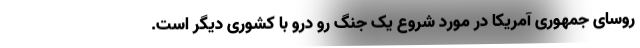
روسای جمهوری آمریکا در مورد شروع یک جنگ رو درو با کشوری دیگر است.